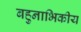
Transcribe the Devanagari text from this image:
बहुनाभिकीय